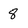
Character: 8